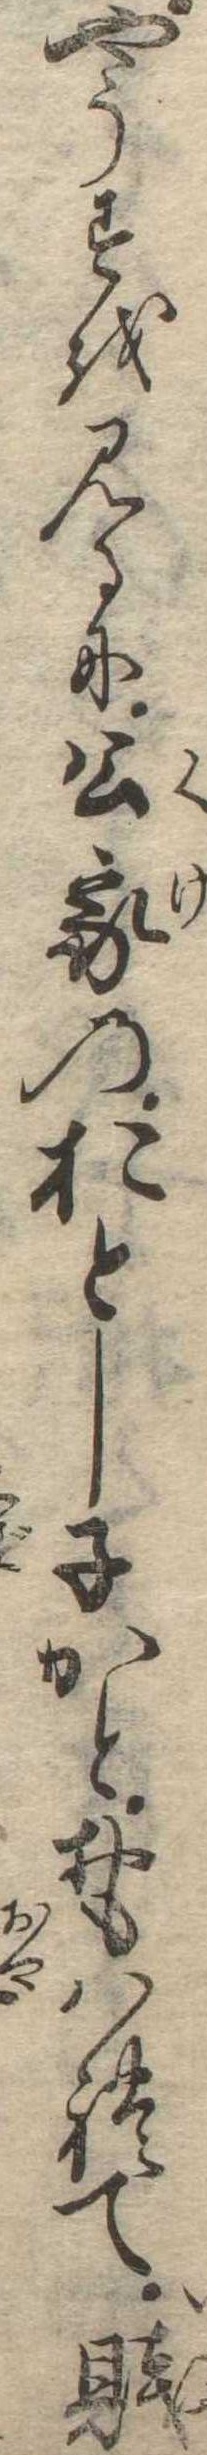
やうすを見るに公家のおとし子かとおもはれて賎